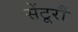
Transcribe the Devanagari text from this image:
सेंटूरौं